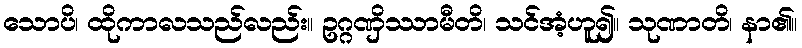
သောပိ၊ ထိုကာလသည်လည်း။ ဥဂ္ဂဏှိဿာမီတိ၊ သင်အံ့ဟူ၍။ သုဏာတိ၊ နာ၏။